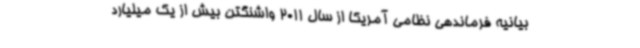
بیانیه فرماندهی نظامی آمریکا از سال 2011 واشنگتن بیش از یک میلیارد